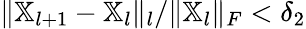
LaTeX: {\lVert\mathbb{X}_{l+1}-\mathbb{X}_{l}\rVert_{l}}/{\lVert\mathbb{X}_{l}\rVert_{F}}<\delta_{2}